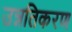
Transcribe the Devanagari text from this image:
उन्नतिकरण